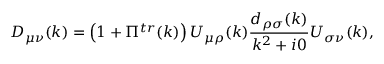
D _ { \mu \nu } ( k ) = \left( 1 + \Pi ^ { t r } ( k ) \right) U _ { \mu \rho } ( k ) \frac { d _ { \rho \sigma } ( k ) } { k ^ { 2 } + i 0 } U _ { \sigma \nu } ( k ) ,